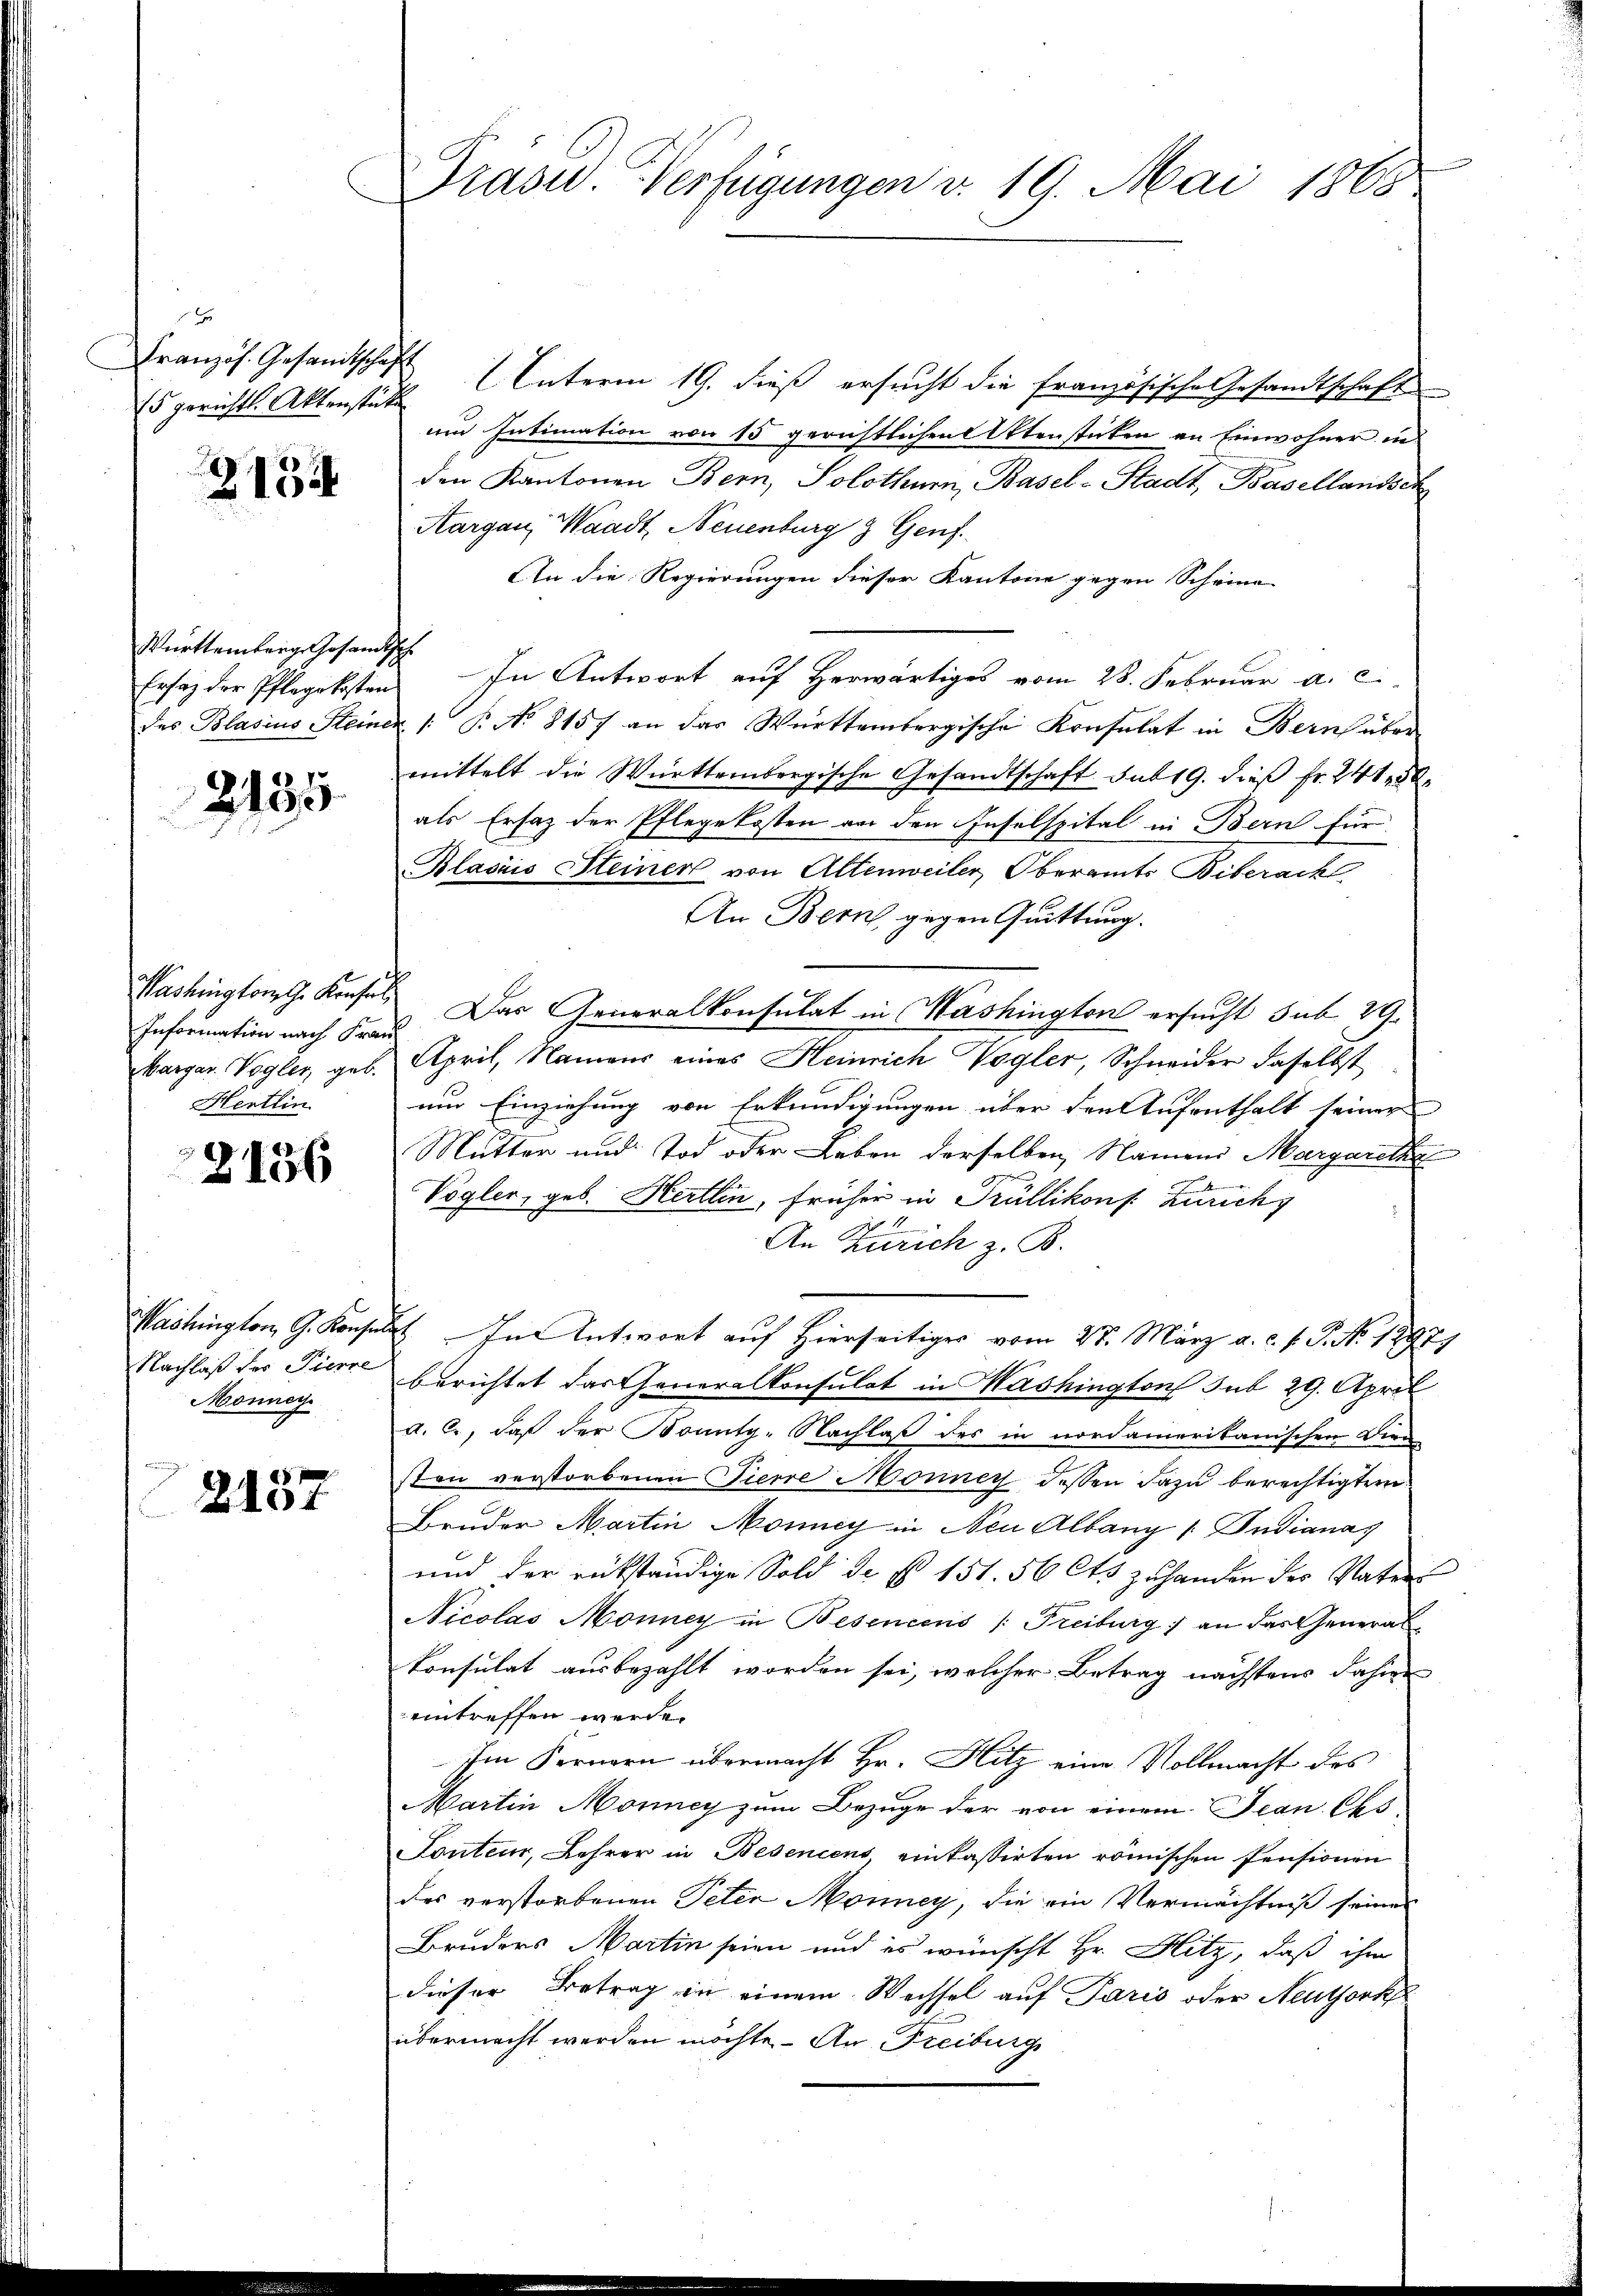
15 gerichts. Aktenstücke

3134

Württemberg. Gesandtsch.

2135

Information nach Fran
Hentlin

2156

Monneg

x
2104

Prasid. Verfügungen v. 19. Mai 1868

Französ. Gesandtschaft Unterm 19. dieß ersucht die französische Gesandtschaft
um Intimation von 15 gerichtlichen Atenstücken an Einwohner in
den Kantonen Bern, Solothurn, Basel-Stadt, Basellandsch
Aargau, Waadt, Neuenburg & Genf
An die Regierungen dieser Kantone gegen Scheine
Ersatz der Pflegekosten. In Antwort auf Herwärtiges vom 28. Februar a. c.
des Blasius Steiner /: P. No. 8157 an das Württembergische Konsulat in Bern über
mittelt die Württembergische Gesandtschaft sub 19. dieß fr. 241,50
als Ersatz der Pflegekosten an den Inselspital in Bern für
Blasiis Heiner von Altenweiler Oberamts Biberach
An Bern, gegen Quittung.
Washington Konses Das Generalkonsulat in Washington ersucht sub 29.
barger Vogler, geb. April, Namens eines Heinrich Vogler, Schneider daselbst
um Einziehung von Erkundigungen über den Aufenthalt seiner
Mutter und Tod oder Leben derselben, Namens Margarethe
Vogler, geb. Hertlin, früher in Trüllikons Zürich
.
An Zürich z. B.
Washington G. Konsulat In Antwort auf Hierseitiges vom 27. März a. c. f. P. Nr. 12979
Nachlaß der Tiere berichtet das Generalkonsulat in Washington sub 29. April
a. c., daß der Bounty-Nachlaß des in nordamerikanischen Dien
sten verstorbenen Tierre Moriner dessen dazu berechtigten
Bruder Martin Money in Neu Albany / Indiana
und der rükständige Sold der § 151. 50 Cts zuhanden des Vater
Nicolas Monney in Besencens (: Freiburg an das Generalkonsulat ausbezahlt worden sei, welcher Betrag nächstens dahin
eintreffen werde.
Im Fernern übermacht Hr. Hitz eine Vollmacht des
Martin Monney zum Bezuge der von einem Jean Ces
Fonteur, Lehrer in Besencens einkassirten römischen Pensionen
des verstorbenen Peter Monney, die ein Vermächtniß seines
Bruders Martin seien und es wünscht Hr. Hitz, daß ihm
dieser Betrag in einem Wechsel auf Paris oder Neuthork
übermacht werden möchte. An Freiburg